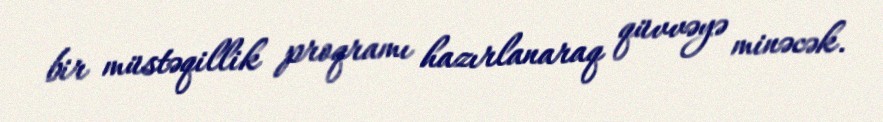
bir müstəqillik proqramı hazırlanaraq qüvvəyə minəcək.